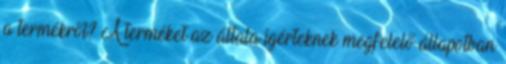
a termékről? A terméket az általa ígérteknek megfelelő állapotban